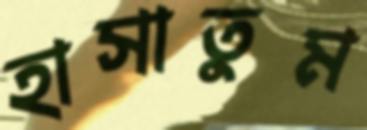
হাসাতুম